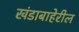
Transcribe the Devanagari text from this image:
खंडाबाहेरील